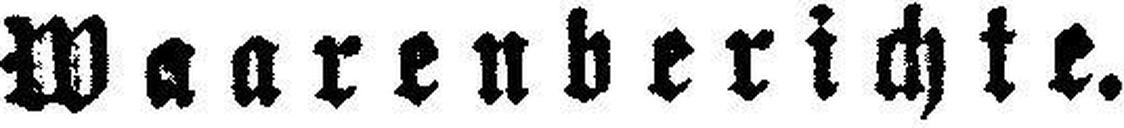
Waarenberichte.